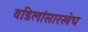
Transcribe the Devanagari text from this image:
वडिलांसारखेच